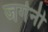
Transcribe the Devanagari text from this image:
जर्गनी